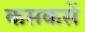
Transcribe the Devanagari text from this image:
कसकसें